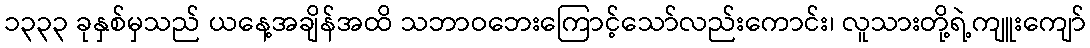
၁၃၃၃ ခုနှစ်မှသည် ယနေ့အချိန်အထိ သဘာဝဘေးကြောင့်သော်လည်းကောင်း၊ လူသားတို့ရဲ့ကျူးကျော်